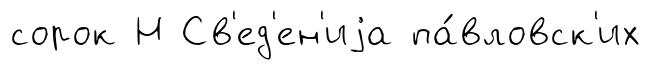
сорок Н Св'ед'ен'иjа па́вловск'их